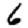
Digit: 6